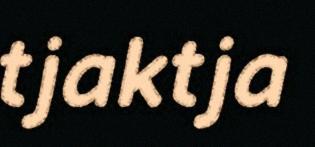
tjaktja